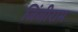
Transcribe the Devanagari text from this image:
जिंजीराम